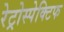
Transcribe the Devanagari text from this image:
रेट्रोस्‍पेक्टिफ